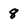
Character: 8